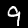
Label: 9